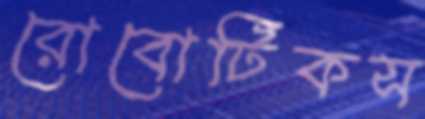
রোবোটিকস